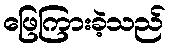
ဖြေကြားခဲ့သည်